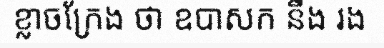
ខ្លាចក្រែង ថា ឧបាសក នឹង រង